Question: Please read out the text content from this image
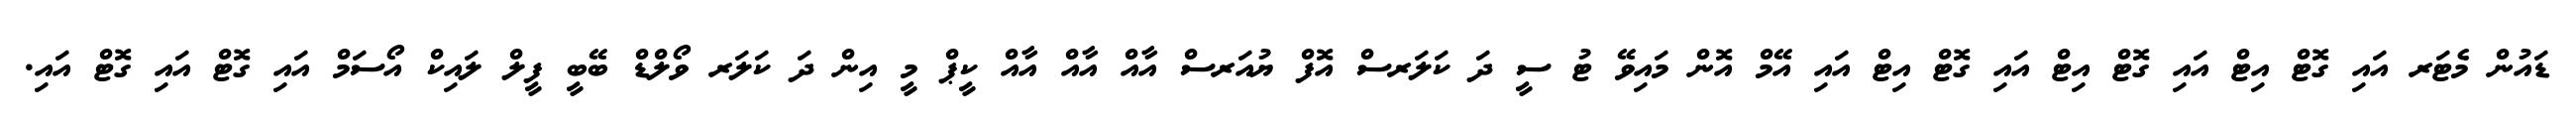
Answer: ޑައުން މެޓަރ އައި ގޮޓް އިޓް އައި ގޮޓް އިޓް އައި ގޮޓް އިޓް އައި އޭމް އޮން މައިވޭ ޓު ސީ ދަ ކަލަރސް އޮފް ޔުއަރސް އާއް އާއް އާއް ކީޕް މީ އިން ދަ ކަލަރ ވޯލްޑް ބޭބީ ފީލް ލައިކް އޯސަމް އައި ގޮޓް އައި ގޮޓް އައި.